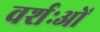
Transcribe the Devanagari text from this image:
वर्शःओं